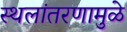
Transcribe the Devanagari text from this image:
स्थलांतरणामुळे